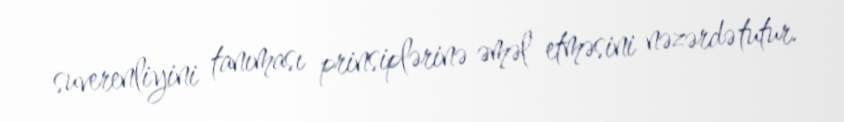
suverenliyini tanıması prinsiplərinə əməl etməsini nəzərdə tutur.